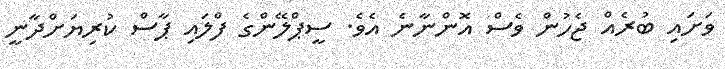
ވަށައި ބުރެއް ޖެހުން ވެސް އޮންނާނެ އެވެ. ސީޕްލޭންގެ ފްލައި ޕާސް ކުރިޔަށްދާނީ